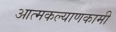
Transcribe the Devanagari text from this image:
आत्मकल्याणकामी